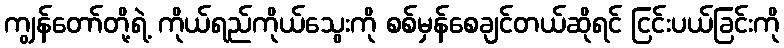
ကျွန်တော်တို့ရဲ့ ကိုယ်ရည်ကိုယ်သွေးကို စစ်မှန်စေချင်တယ်ဆိုရင် ငြင်းပယ်ခြင်းကို